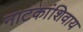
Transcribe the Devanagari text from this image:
नाटकांशिवाय